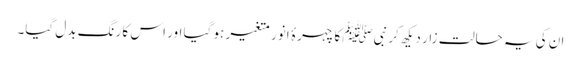
ان کی یہ حالت زار دیکھ کر نبیﷺ کا چہرۂ انور متغیر ہو گیا اور اس کا رنگ بدل گیا۔